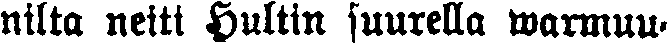
nilta neiti Hultin suurella warmuu-